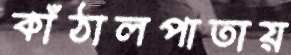
কাঁঠালপাতায়